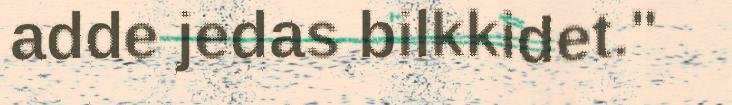
adde jedas bilkkidet."